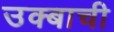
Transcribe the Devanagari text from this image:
उक्बाची